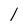
Character: 1